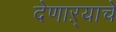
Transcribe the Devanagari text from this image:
देणाऱ्याचे